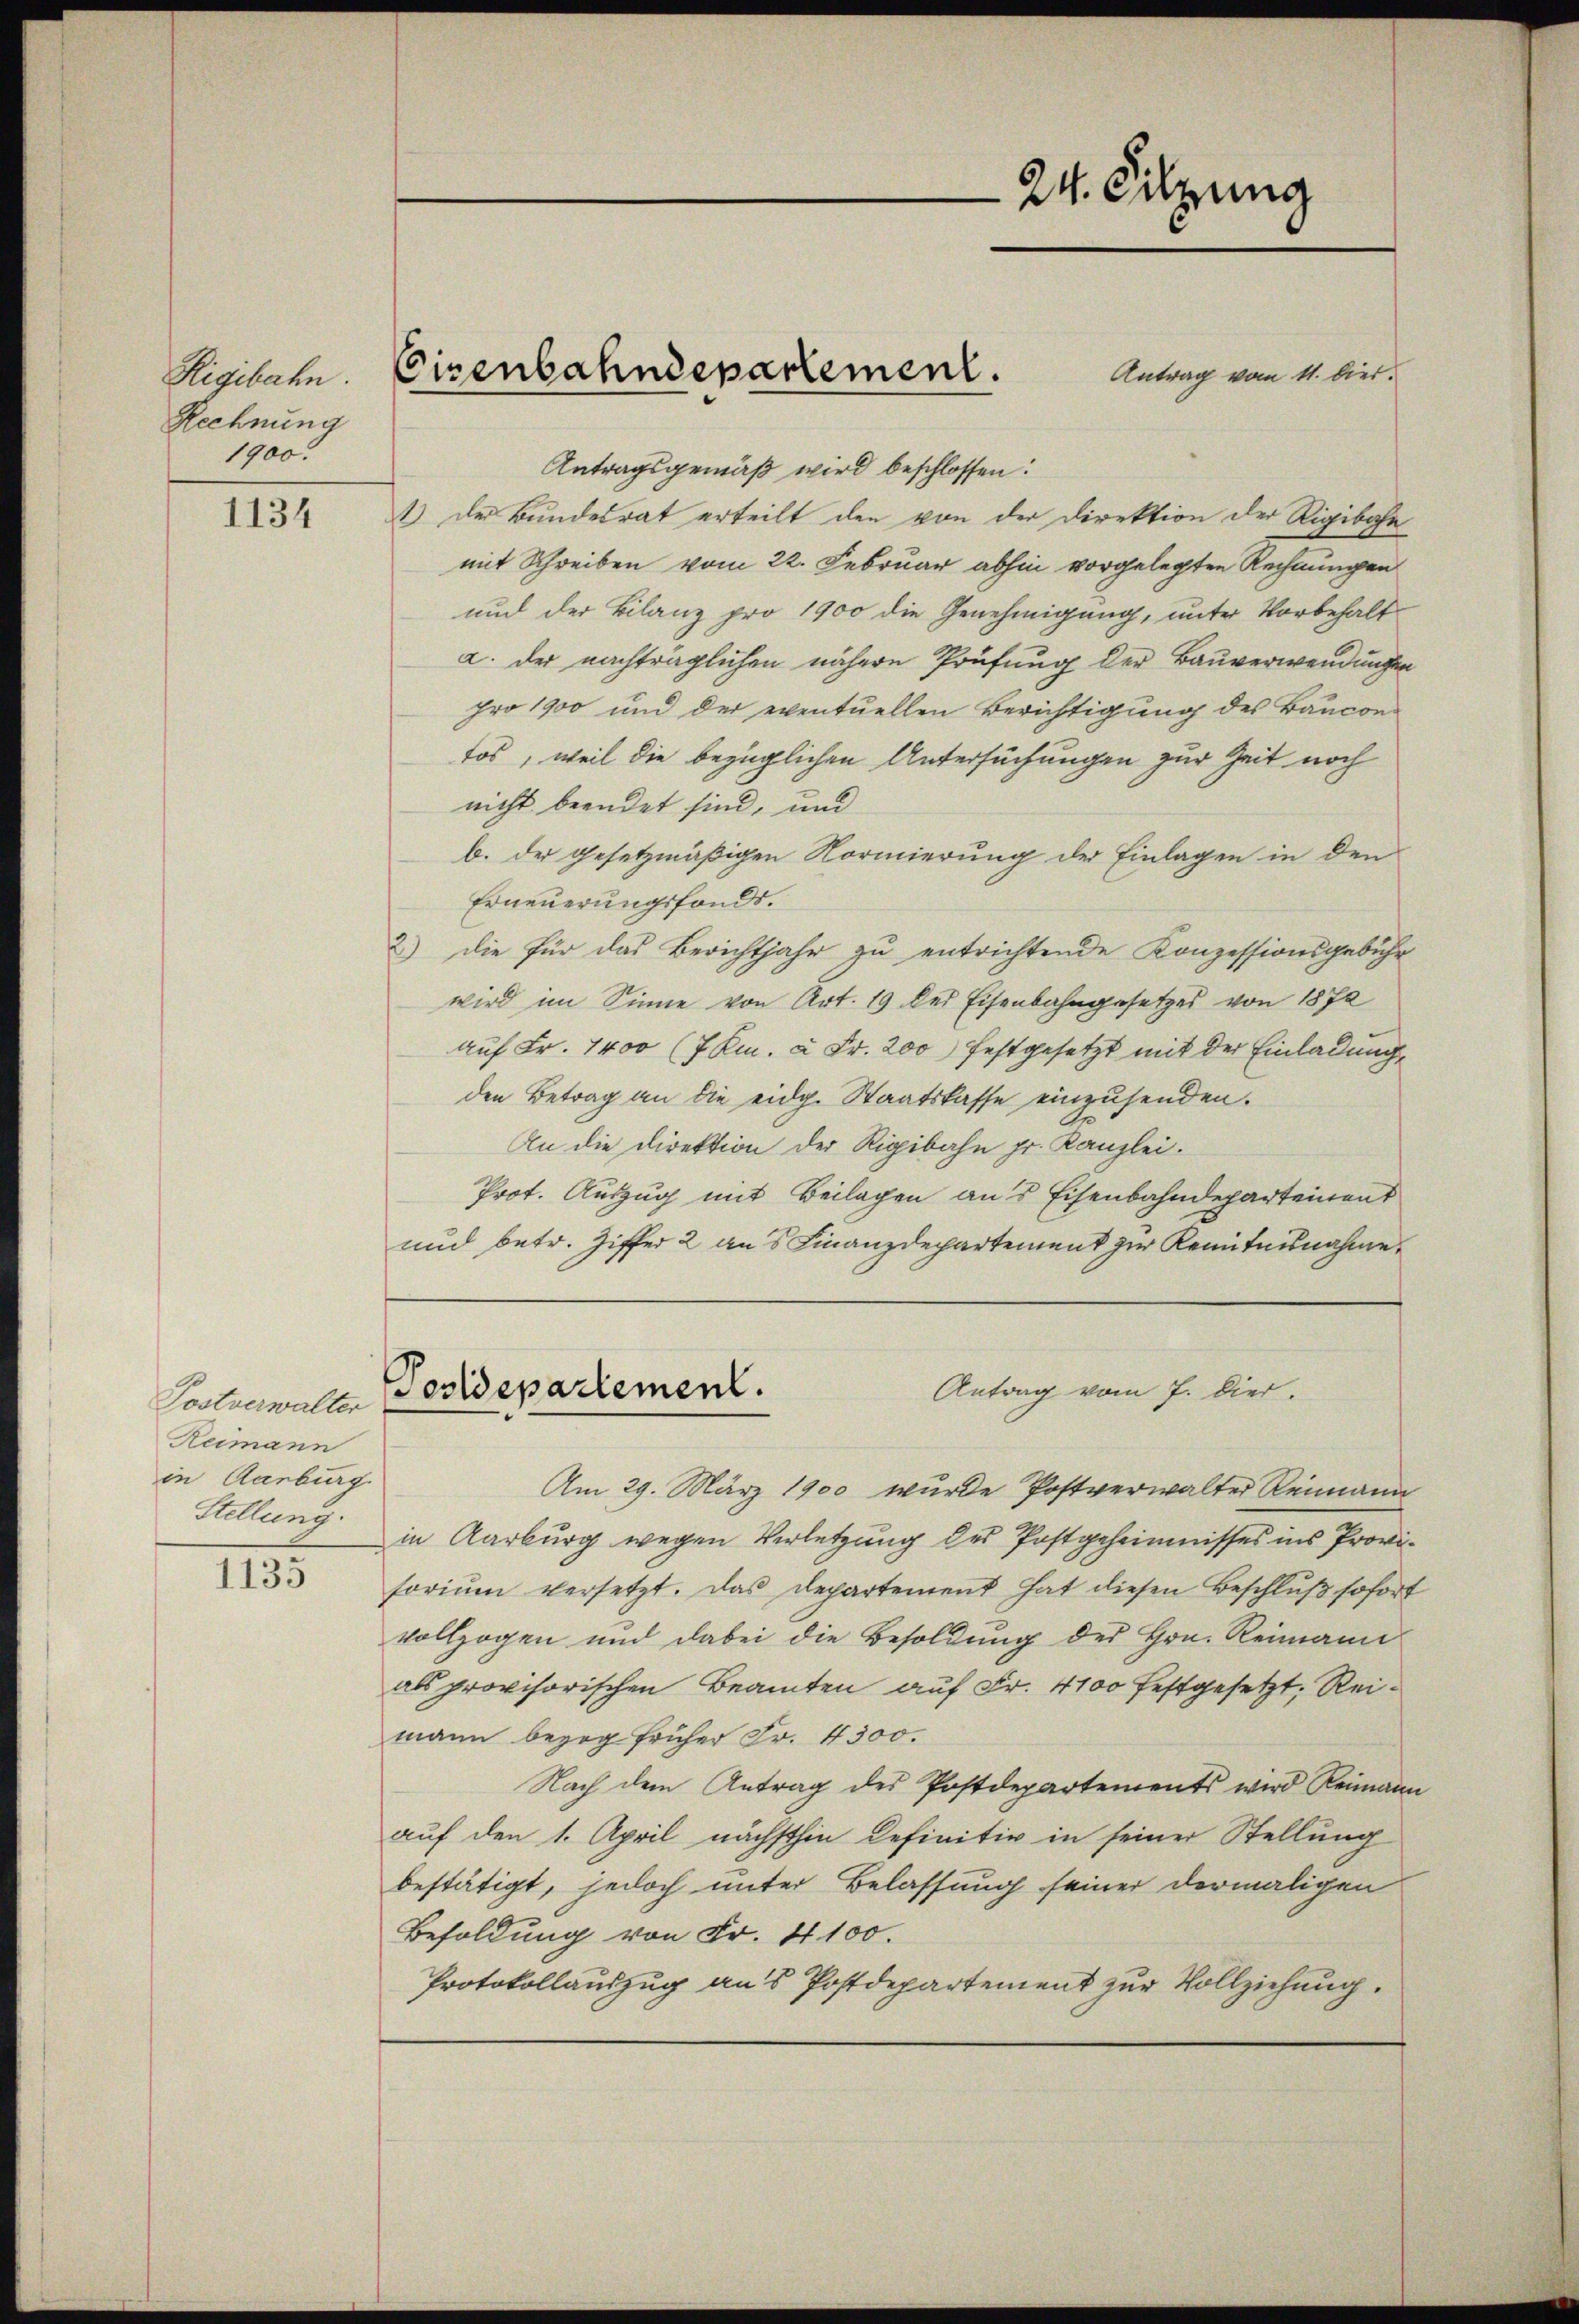
Rigibahn.
Rechnung
1900.

1134

Postverwalter
Reimann
in Aarburg.
Stellung.
1135

Antrag vom 11. dies
Antragsgemäß wird beschlossen:
1) der Bundesrat erteilt den von der Direktion der Rigibahn
mit Schreiben vom 22. Februar abhin vorgelegten Rechnungen
und der Bilanz pro 1900 die Genehmigung, unter Vorbehalt
a. der nachträglichen nähere Prüfung der Bauverwendungen
pro 1900 und der eventuellen Berichtigung des Baucon-
tos, weil die bezüglichen Untersuchungen zur Zeit noch
nicht beendet sind, und
b. der gesetzmäßigen Normierung der Einlagen in den
Erneuerungsfonds.
2) die für das Berichtjahr zu entrichtende Konzessionsgebühr
wird im Sinne von Art. 19 der Eisenbahngesetzes von 1872
auf Fr. 1400 (7 Km. à Fr. 200 festgesetzt mit der Einladung,
den Betrag an die eidg. Staatskasse einzusenden.
An die Direktion der Rigibahn pr. Kanzlei.
Prot. Auszug mit Beilagen aus Eisenbahndepartement
und betr. Ziffer 2 aus Finanzdepartement zur Kenntnisnahme
Antrag vom 7. Dier.
Tostdepartement.
Am 29. März 1900 wurde Postverwalter Reimann
in Aarburg wegen Verletzung des Postgeheimnisses ins Proviforiŭm versetzt. Das Departement hat diesen Beschluß sofort
vollzogen und dabei die Besoldung des Hrn. Reimann
als provisorischen Beamten auf Fr. 4100 festgesetzt, Reimann bezog früher Fr. 4300.
Nach dem Antrag des Postdepartements wird Reimann
auf den 1. April nächsthin definitiv in seiner Stellung
bestätigt, jedoch unter Belassung seiner dermaligen
Besoldung von Fr. 4100.
Protokollauszug aus Postdepartement zur Vollziehung.

Cisenbahndepartement.

24. Filzung